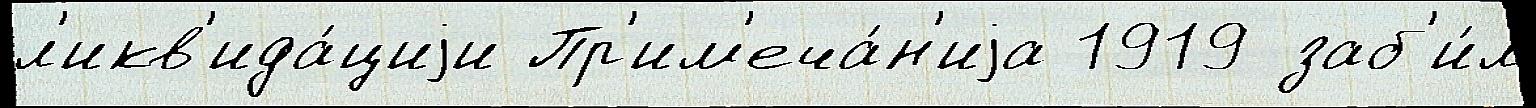
л'икв'ида́циjи Пр'им'еча́н'иjа 1919 заб'и́л